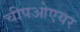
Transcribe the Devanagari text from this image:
चीपओएयर